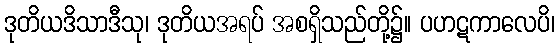
ဒုတိယဒိသာဒီသု၊ ဒုတိယအရပ် အစရှိသည်တို့၌။ ပဟဋကာလေပိ၊